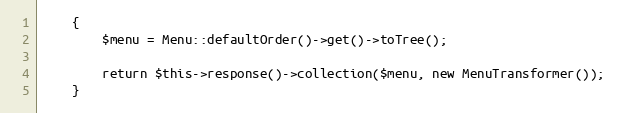
Language: PHP
    {
        $menu = Menu::defaultOrder()->get()->toTree();

        return $this->response()->collection($menu, new MenuTransformer());
    }